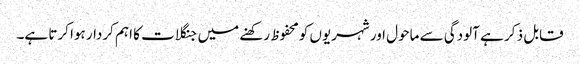
قابل ذ کر ہے آلودگی سے ماحول اور شہریوں کومحفوظ رکھنے میں جنگلات کا اہم کردار ہوا کرتا ہے۔